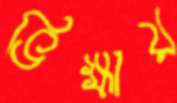
ভিক্ষায়